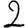
Digit: 2